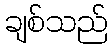
ချစ်သည်